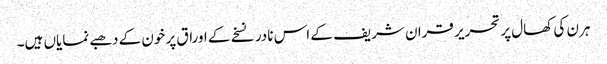
ہرن کی کھال پر تحریر قران شریف کے اس نادر نسخے کے اوراق پر خون کے دھبے نمایاں ہیں۔